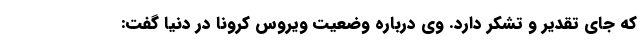
که جای تقدیر و تشکر دارد. وی درباره وضعیت ویروس کرونا در دنیا گفت: